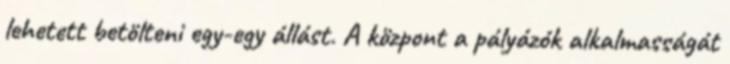
lehetett betölteni egy-egy állást. A központ a pályázók alkalmasságát